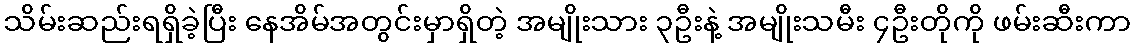
သိမ်းဆည်းရရှိခဲ့ပြီး နေအိမ်အတွင်းမှာရှိတဲ့ အမျိုးသား ၃ဦးနဲ့ အမျိုးသမီး ၄ဦးတိုကို ဖမ်းဆီးကာ